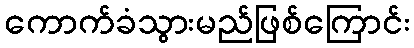
ကောက်ခံသွားမည်ဖြစ်ကြောင်း